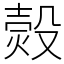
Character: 㷤